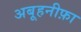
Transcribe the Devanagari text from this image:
अबूहनीफ़ा